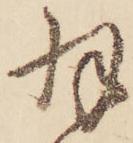
羽